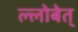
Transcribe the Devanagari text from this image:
ल्लोबेत्